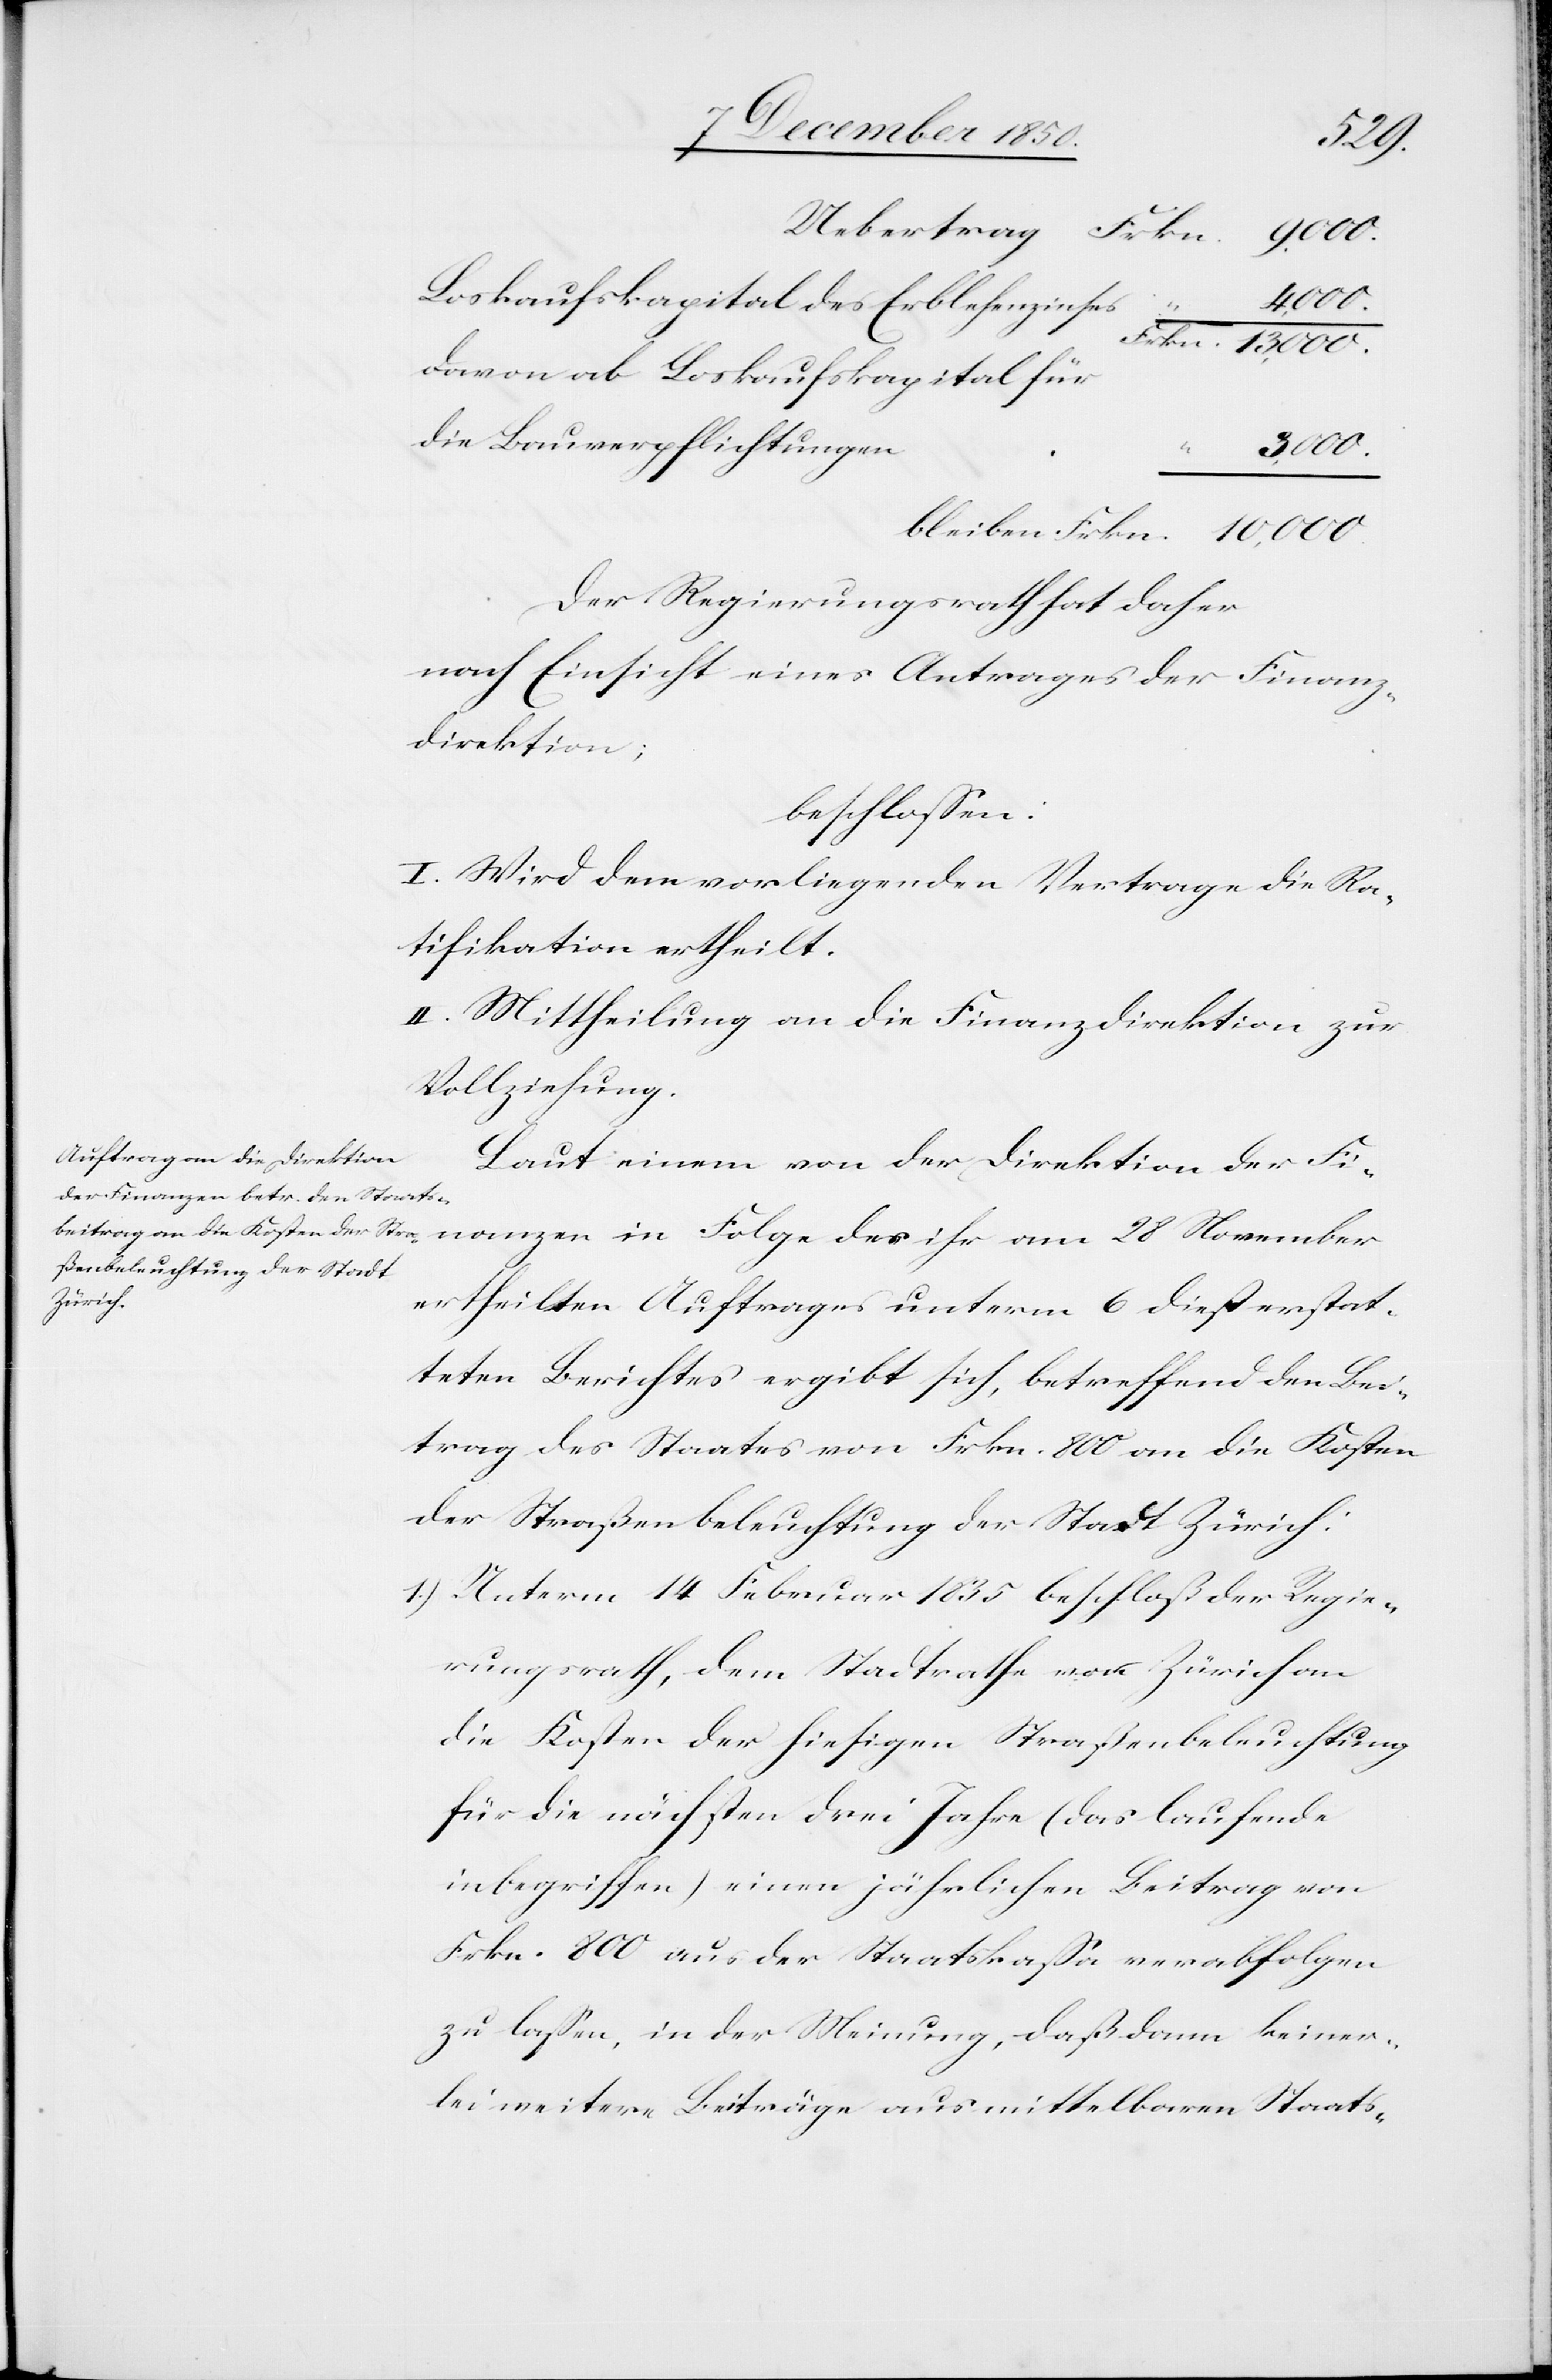
bleiben
Frkn.
Loskaufskapital des Erblehenzinses
10,000.
davon ab Loskaufskapital für
die Bauverpflichtungen
3,000.
Der Regierungsrath hat daher
nach Einsicht eines Antrages der Finanz¬
direktion;
beschlossen:
I. Wird dem vorliegenden Vertrage die Ra¬
tifikation ertheilt.
II. Mittheilung an die Finanzdirektion zur
Vollziehung.
Laut einem von der Direktion der Fi¬
nanzen in Folge des ihr am 28 November
ertheilten Auftrages unterm 6 dieß erstat¬
teten Berichtes ergibt sich, betreffend den Bei¬
trag des Staates von Frkn. 800 an die Kosten
der Straßenbeleuchtung der Stadt Zürich:
1.) Unterm 14 Februar 1835 beschloß der Regie¬
rungsrath, dem Stadtrathe von Zürich an
die Kosten der hiesigen Straßenbeleuchtung
für die nächsten drei Jahre (das laufende
inbegriffen) einen jährlichen Beitrag von
Frkn. 800 aus der Staatskassa verabfolgen
zu lassen, in der Meinung, daß dann keiner¬
lei weitere Beiträge aus mittelbaren Staats-